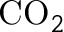
\mathrm { C O } _ { 2 }